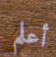
أعلم